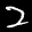
Label: 2